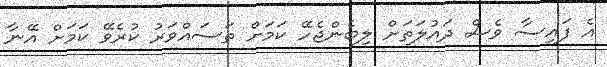
އެ ފައިސާ ވެސް ދައުލަތަށް ލިބެންޖެހޭ ކަމަށް ތަސައްވަރު ކުރެވޭ ކަމަށް އޭނާ